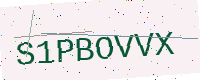
Text: S1PBOVVX